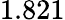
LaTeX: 1.821